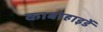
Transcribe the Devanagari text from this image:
काबोहाइर्डे